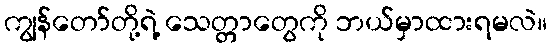
ကျွန်တော်တို့ရဲ့ သေတ္တာတွေကို ဘယ်မှာထားရမလဲ။